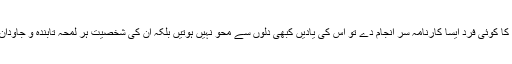
زندہ قوموں کا کوئی فرد ایسا کارنامہ سر انجام دے تو اس کی یادیں کبھی دلوں سے محو نہیں ہوتیں بلکہ ان کی شخصیت ہر لمحہ تابندہ و جاودان رہتی ہے ۔